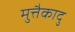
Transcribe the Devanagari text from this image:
मुत्तैकादु